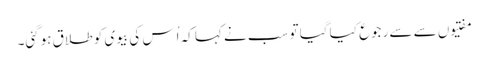
مفتیوں سے سے رجوع کیا گیا تو سب نے کہا کہ اُس کی بیوی کو طلاق ہوگئی۔